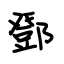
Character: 鄧